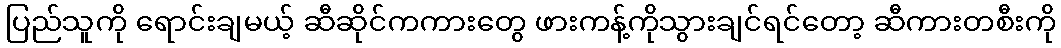
ပြည်သူကို ရောင်းချမယ့် ဆီဆိုင်ကကားတွေ ဖားကန့်ကိုသွားချင်ရင်တော့ ဆီကားတစီးကို